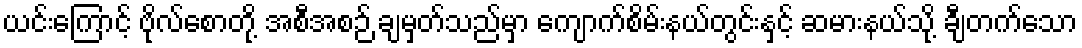
ယင်းကြောင့် ဗိုလ်စောတို့ အစီအစဉ် ချမှတ်သည်မှာ ကျောက်စိမ်းနယ်တွင်းနှင့် ဆမားနယ်သို့ ချီတက်သော